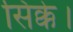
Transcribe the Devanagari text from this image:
सिक्के।